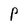
Character: P